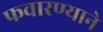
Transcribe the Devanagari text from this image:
फवारण्याने